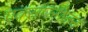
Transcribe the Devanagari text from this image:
एक्सप्लोजन